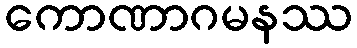
ကောဏာဂမနဿ